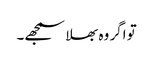
تو اگر وہ بھلا سمجھے۔